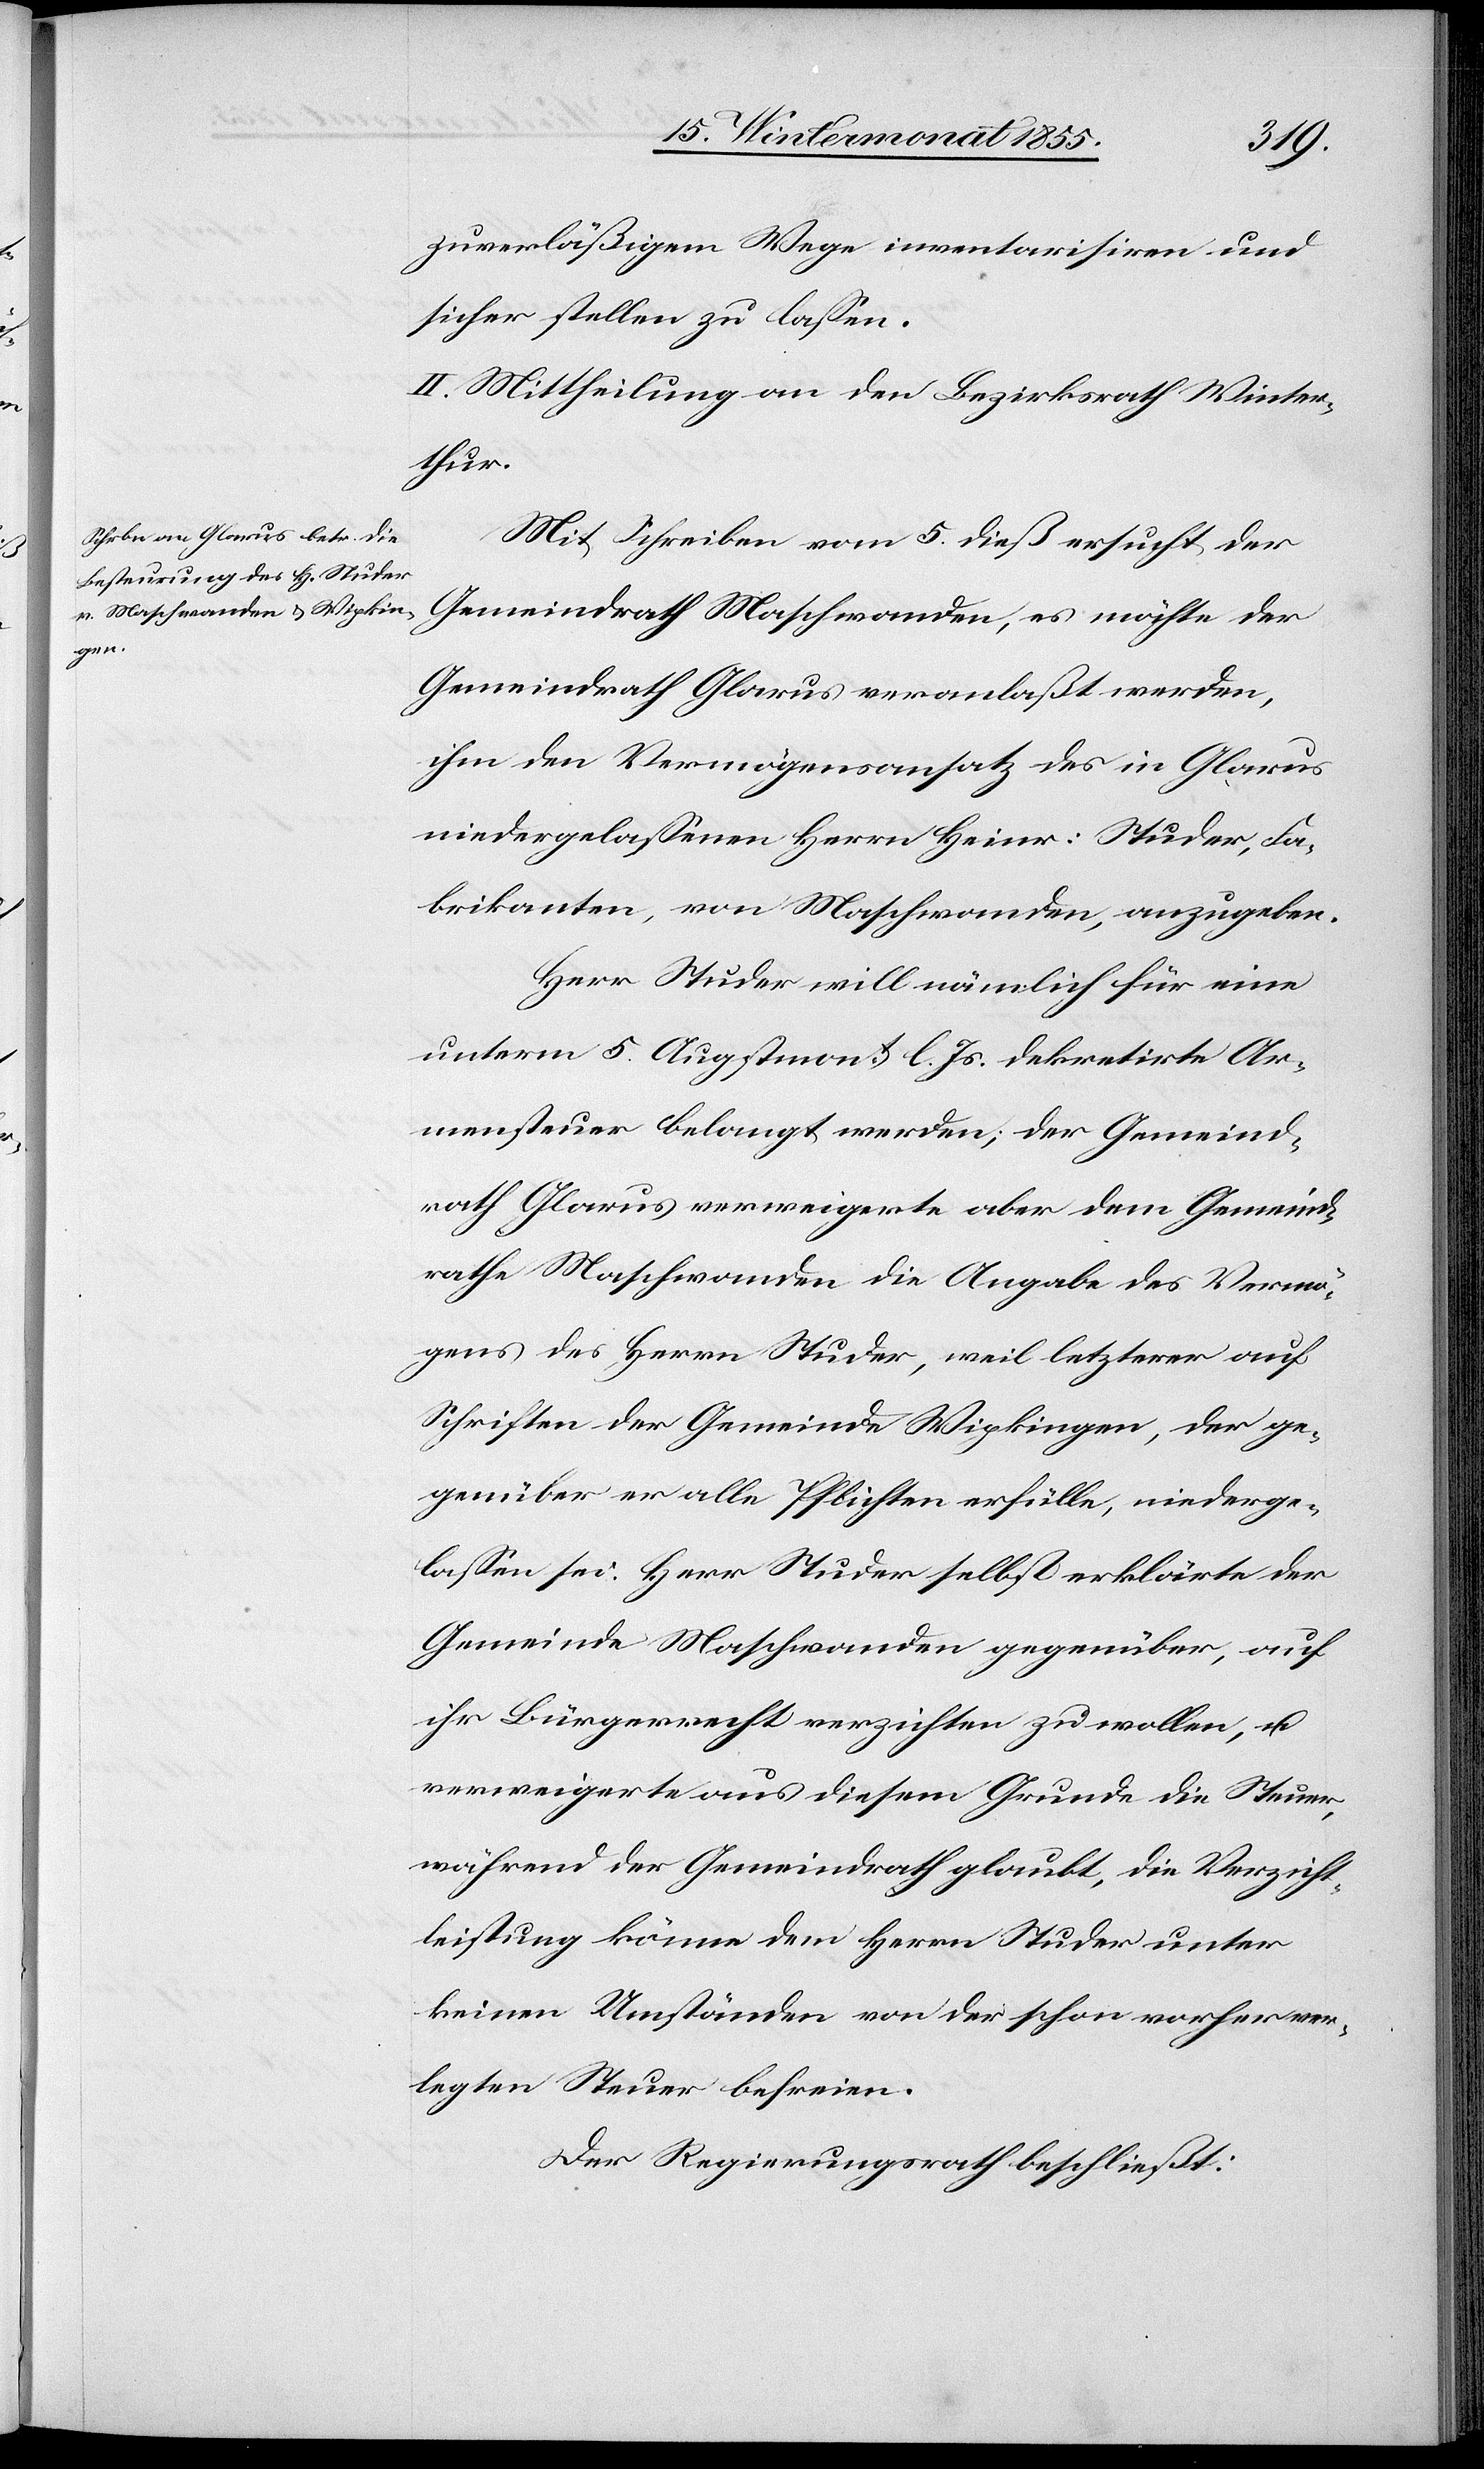
zuverläßigem Wege inventarisiren und
sicher stellen zu lassen.
II. Mittheilung an den Bezirksrath Winter¬
thur.
Mit Schreiben vom 5. dieß ersucht der
Gemeindrath Maschwanden, es möchte der
Gemeindrath Glarus veranlaßt werden,
ihm den Vermögensansatz des in Glarus
niedergelassenen Herrn Heinr: Studer, Fa¬
brikanten, von Maschwanden, anzugeben.
Herr Studer will nämlich für eine
unterm 5. Augstmont. l. Js. dekretirte Ar¬
mensteuer belangt werden; der Gemeind¬
rath Glarus verweigerte aber dem Gemeind¬
rathe Maschwanden die Angabe des Vermö¬
gens des Herrn Studer, weil letzterer auf
Schriften der Gemeinde Wipkingen, der ge¬
genüber er alle Pflichten erfülle, niederge¬
lassen sei. Herr Studer selbst erklärte der
Gemeinde Maschwanden gegenüber, auf
ihr Bürgerrecht verzichten zu wollen, u.
verweigerte aus diesem Grunde die Steuer,
während der Gemeindrath glaubt, die Verzicht¬
leistung könne dem [recte: den] Herrn Studer unter
keinen Umständen von der schon vorher ver¬
legten Steuer befreien.
Der Regierungsrath beschließt: